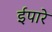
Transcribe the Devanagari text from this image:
ईपारे